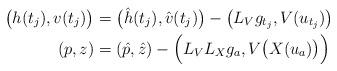
LaTeX: \begin{align*}\big( h(t_j), v(t_j) \big) &=\big( \hat h(t_j) , \hat v(t_j) \big) -\big (L_V g_{t_j}, V( u_{t_j} ) \big)\\(p, z) &= (\hat p, \hat z) -\Big(L_V L_X g_a, V \big(X(u_a)\big) \Big)\end{align*}